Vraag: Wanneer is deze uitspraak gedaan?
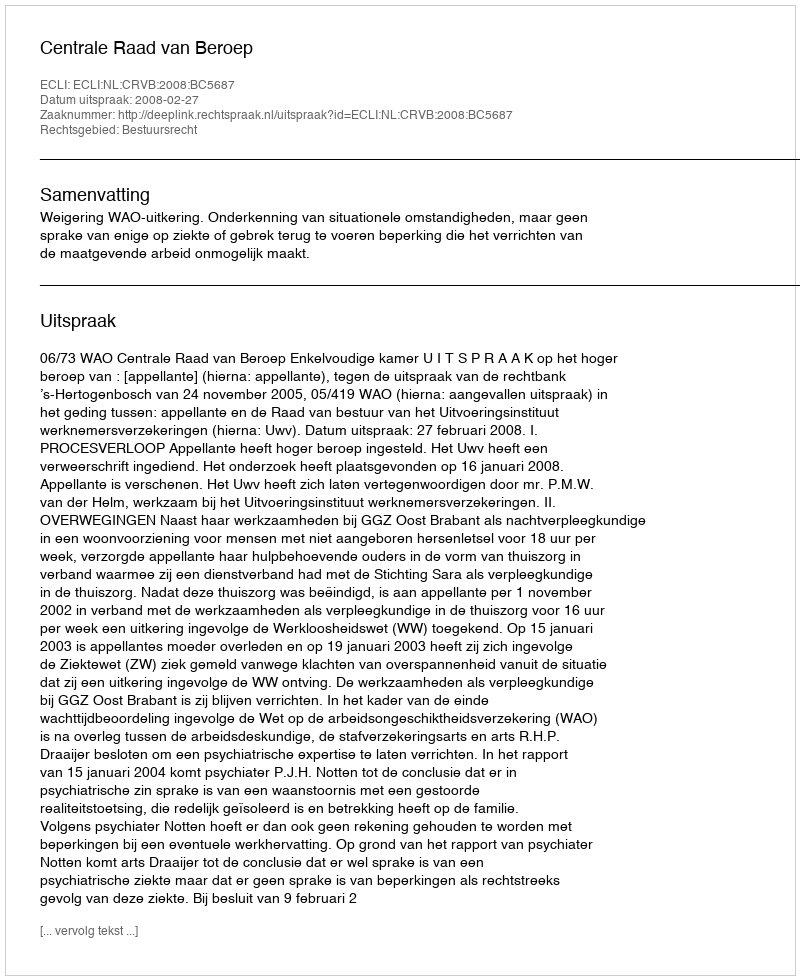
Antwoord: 2008-02-27